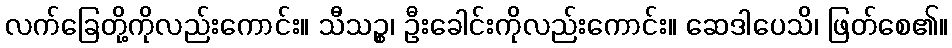
လက်ခြေတို့ကိုလည်းကောင်း။ သီသဉ္စ၊ ဦးခေါင်းကိုလည်းကောင်း။ ဆေဒါပေသိ၊ ဖြတ်စေ၏။